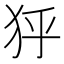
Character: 𤝘